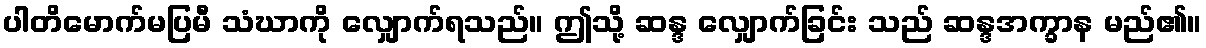
ပါတိမောက်မပြမီ သံဃာကို လျှောက်ရသည်။ ဤသို့ ဆန္ဒ လျှောက်ခြင်း သည် ဆန္ဒအက္ခာန မည်၏။